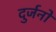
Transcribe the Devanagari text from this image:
दुर्जनो